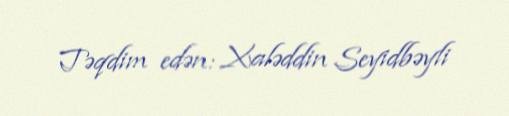
Təqdim edən: Xaləddin Seyidbəyli